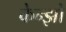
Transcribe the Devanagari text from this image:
केन्झो